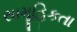
સામૂહિકતા